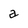
Character: a